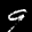
Label: 9